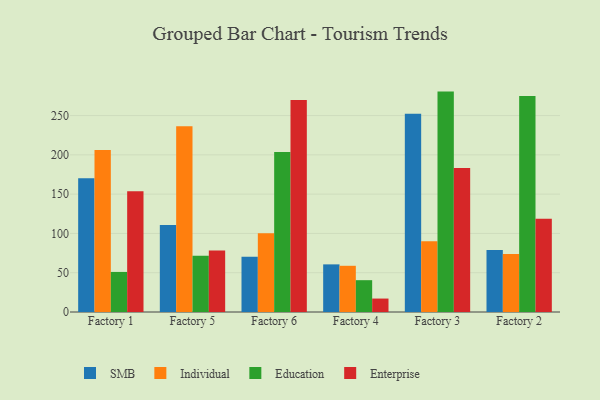
{"axis": {"x": "Factory", "y": "Budget (USD K)"}, "legend": ["Education", "Enterprise", "Individual", "SMB"], "data": [{"x": "Factory 1", "y": 170.3, "type": "SMB"}, {"x": "Factory 1", "y": 206.1, "type": "Individual"}, {"x": "Factory 1", "y": 51.0, "type": "Education"}, {"x": "Factory 1", "y": 153.7, "type": "Enterprise"}, {"x": "Factory 5", "y": 110.8, "type": "SMB"}, {"x": "Factory 5", "y": 236.3, "type": "Individual"}, {"x": "Factory 5", "y": 71.7, "type": "Education"}, {"x": "Factory 5", "y": 78.3, "type": "Enterprise"}, {"x": "Factory 6", "y": 70.4, "type": "SMB"}, {"x": "Factory 6", "y": 100.3, "type": "Individual"}, {"x": "Factory 6", "y": 203.6, "type": "Education"}, {"x": "Factory 6", "y": 269.8, "type": "Enterprise"}, {"x": "Factory 4", "y": 60.6, "type": "SMB"}, {"x": "Factory 4", "y": 58.8, "type": "Individual"}, {"x": "Factory 4", "y": 40.5, "type": "Education"}, {"x": "Factory 4", "y": 17.1, "type": "Enterprise"}, {"x": "Factory 3", "y": 252.2, "type": "SMB"}, {"x": "Factory 3", "y": 89.9, "type": "Individual"}, {"x": "Factory 3", "y": 280.5, "type": "Education"}, {"x": "Factory 3", "y": 183.2, "type": "Enterprise"}, {"x": "Factory 2", "y": 79.0, "type": "SMB"}, {"x": "Factory 2", "y": 73.8, "type": "Individual"}, {"x": "Factory 2", "y": 275.0, "type": "Education"}, {"x": "Factory 2", "y": 118.8, "type": "Enterprise"}]}